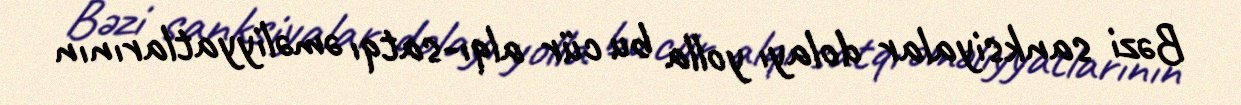
Bəzi sanksiyalar dolayı yolla bu cür alqı-satqı əməliyyatlarının